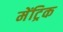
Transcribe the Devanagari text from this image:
मेंट्रिक